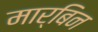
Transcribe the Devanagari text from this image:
मार्बिन